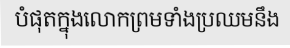
បំផុតក្នុងលោកព្រមទាំងប្រឈមនឹង